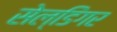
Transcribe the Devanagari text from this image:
सेल्डिंगर